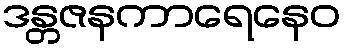
ဒန္တဇနကာရေနေဝ